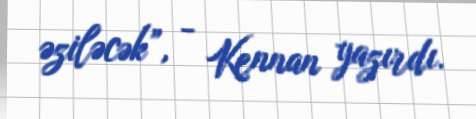
əziləcək”, - Kennan yazırdı.